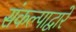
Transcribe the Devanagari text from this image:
संकल्पाद्वारे